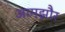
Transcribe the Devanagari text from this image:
आमझौर